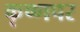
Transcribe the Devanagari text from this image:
कृष्णपर